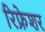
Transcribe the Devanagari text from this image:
रिफ्रेशर